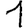
Digit: 1